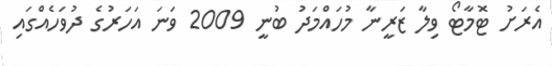
އެރަށު ޓޮމާޓޯ ވިލާ ޒަރީނާ މުހައްމަދު ބުނީ 2009 ވަނަ އަހަރުގެ ދުވަހެއްގައި